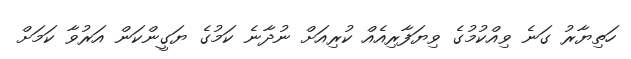
ހަތިޔާރު ގަނެ ވިއްކުމުގެ ވިޔަފާރިއެއް ކުރިއަށް ނުދާނެ ކަމުގެ ޔަގީންކަން އަރުވާ ކަމަށް